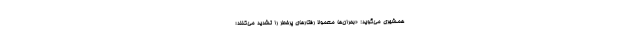
همشهری می‌گوید: «بحران‌ها معمولا رفتارهای پرخطر را تشدید می‌کنند؛